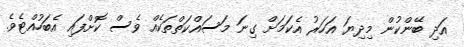
އަދި ބޭންކުން މިދިޔަ އަހަރު އެކަމަށް ގިނަ މަސައްކަތްތަކެއް ވެސް ކޮށްފައި އެބަހުއްޓެވެ.